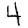
Digit: 4